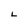
Character: L